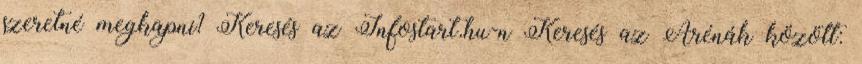
szeretné megkapni? Keresés az Infostart.hu-n Keresés az Arénák között: